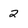
Character: 2